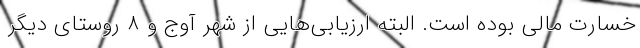
خسارت مالی بوده است. البته ارزیابی‌هایی از شهر آوج و ۸ روستای دیگر